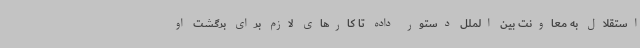
استقلال به معاونت بین الملل دستور داده تا کارهای لازم برای برگشت او